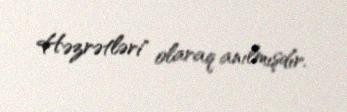
Həzrətləri" olaraq anılmışdır.